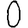
Digit: 0